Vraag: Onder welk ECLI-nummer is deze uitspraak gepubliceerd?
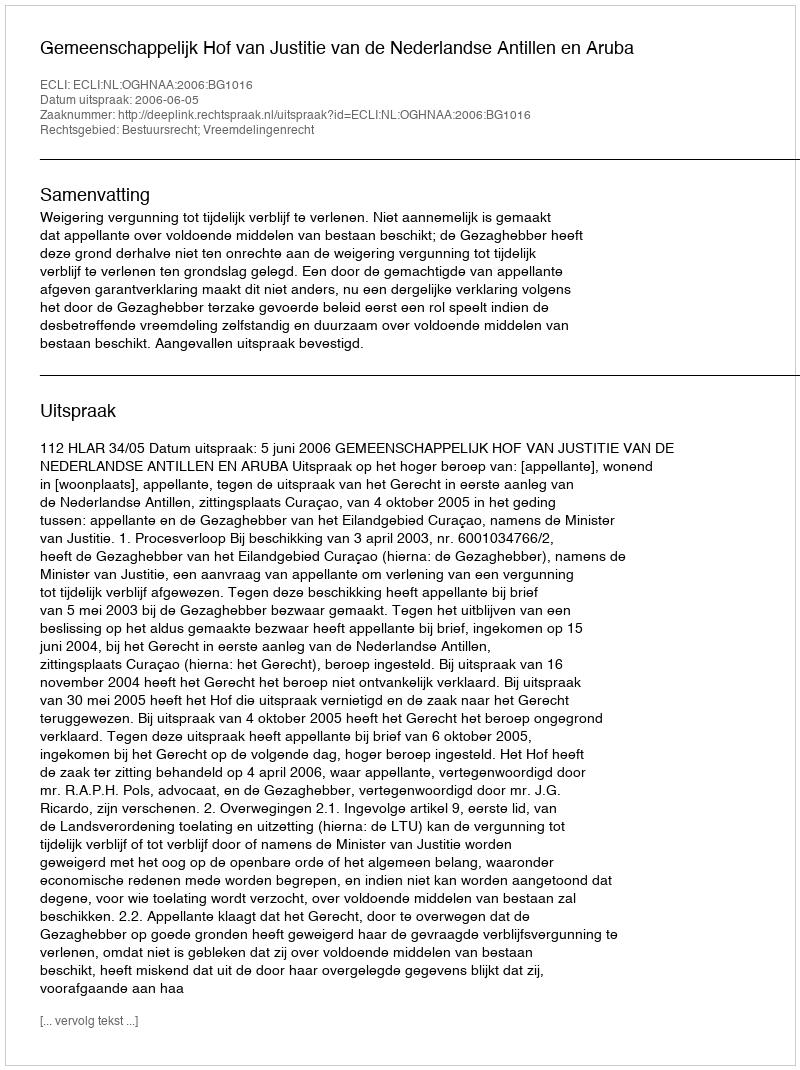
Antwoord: ECLI:NL:OGHNAA:2006:BG1016